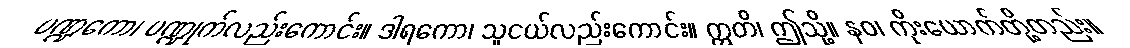
ပဏ္ဍကော၊ ပဏ္ဍုက်လည်းကောင်း။ ဒါရကော၊ သူငယ်လည်းကောင်း။ ဣတိ၊ ဤသို့။ နဝ၊ ကိုးယောက်တို့တည်း။